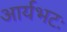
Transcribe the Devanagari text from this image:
आर्यभटः